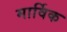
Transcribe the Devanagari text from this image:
मार्विक